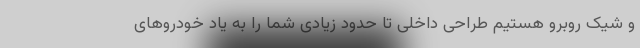
و شیک روبرو هستیم طراحی داخلی تا حدود زیادی شما را به یاد خودروهای